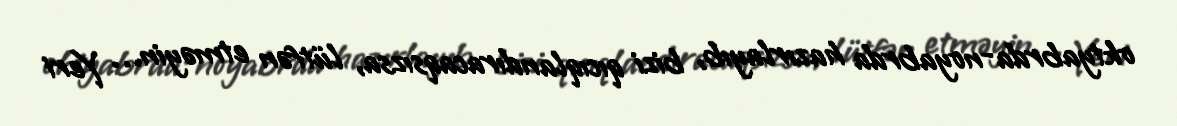
oktyabrda-noyabrda hazırlayıb, bizi qıcıqlandıracaqsızsa, lütfən etməyin… Yeri